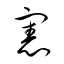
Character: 憲